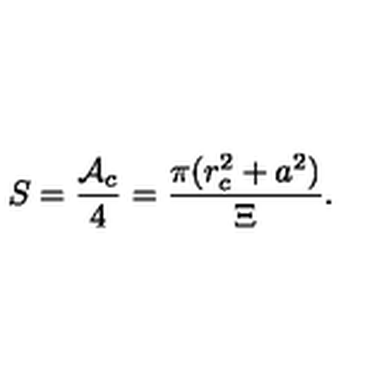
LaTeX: S = \frac { \mathcal { A } _ { c } } 4 = \frac { \pi ( r _ { c } ^ { 2 } + a ^ { 2 } ) } \Xi .